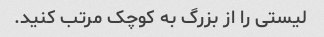
لیستی را از بزرگ به کوچک مرتب کنید.